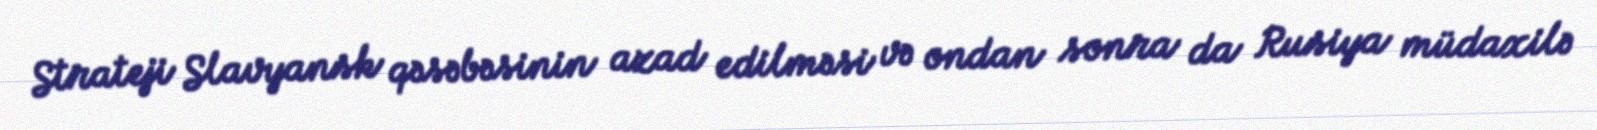
Strateji Slavyansk qəsəbəsinin azad edilməsi və ondan sonra da Rusiya müdaxilə